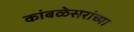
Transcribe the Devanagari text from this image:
कांबळेसरांच्या